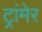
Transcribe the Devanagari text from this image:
ट्रांमेर